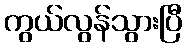
ကွယ်လွန်သွားပြီ